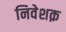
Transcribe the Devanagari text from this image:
निवेशक़